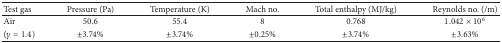
<table><thead><tr><td><b>Test gas </b></td><td><b>Pressure (Pa) </b></td><td><b>Temperature (K) </b></td><td><b>Mach no. </b></td><td><b>Total enthalpy (MJ/kg) </b></td><td><b>Reynolds no. (/m) </b></td></tr></thead><tbody><tr><td>Air </td><td>50.6 </td><td>55.4 </td><td>8 </td><td>0.768 </td><td>1.042 × 10<sup>6</sup></td></tr><tr><td>(<i>γ</i> = 1.4) </td><td>±3.74% </td><td>±3.74% </td><td>±0.25% </td><td>±3.74% </td><td>±3.63% </td></tr></tbody></table>